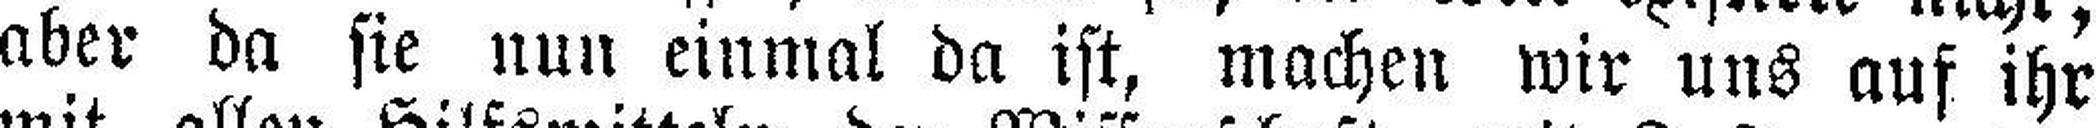
aber da sie nun einmal da ist, machen wir uns auf ihr